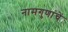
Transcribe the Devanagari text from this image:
नामगुणांचें